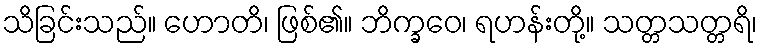
သိခြင်းသည်။ ဟောတိ၊ ဖြစ်၏။ ဘိက္ခဝေ၊ ရဟန်းတို့။ သတ္တသတ္တရိ၊